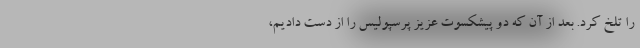
را تلخ کرد. بعد از آن که دو پیشکسوت عزیز پرسپولیس را از دست دادیم،